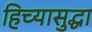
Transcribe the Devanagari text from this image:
हिच्यासुद्धा